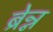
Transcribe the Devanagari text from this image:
ब्रेन्न